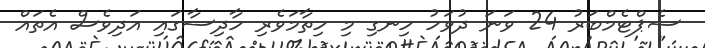
ސެޕްޓެމްބަރު 24 ވަނަ ދުވަހު ހިނގި މި ހިތާމަވެރި ހާދިސާގައި އަދިވެސް އެތައް